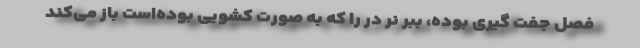
فصل جفت گیری بوده، ببر نر در را که به صورت کشویی بوده‌است باز می‌کند